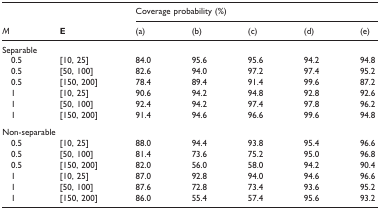
| <COLSPAN=5> Coverage probability (%) |
 | M | E | (a) | (b) | (c) | (d) | (e) |
 | --- | --- | --- | --- | --- |
 | <COLSPAN=7> Separable |
 | 0.5 | [10, 25] | 84.0 | 95.6 | 95.6 | 94.2 | 94.8 |
 | 0.5 | [50, 100] | 82.6 | 94.0 | 97.2 | 97.4 | 95.2 |
 | 0.5 | [150, 200] | 78.4 | 89.4 | 91.4 | 99.6 | 87.2 |
 | 1 | [10, 25] | 90.6 | 94.2 | 94.8 | 92.8 | 92.6 |
 | 1 | [50, 100] | 92.4 | 94.2 | 97.4 | 97.8 | 96.2 |
 | 1 | [150, 200] | 91.4 | 94.6 | 96.6 | 99.6 | 94.8 |
 | <COLSPAN=7> Non-separable |
 | 0.5 | [10, 25] | 88.0 | 94.4 | 93.8 | 95.4 | 96.6 |
 | 0.5 | [50, 100] | 81.4 | 73.6 | 75.2 | 95.0 | 96.8 |
 | 0.5 | [150, 200] | 82.0 | 56.0 | 58.0 | 94.2 | 90.4 |
 | 1 | [10, 25] | 87.0 | 92.8 | 94.0 | 94.6 | 96.6 |
 | 1 | [50, 100] | 87.6 | 72.8 | 73.4 | 93.6 | 95.2 |
 | 1 | [150, 200] | 86.0 | 55.4 | 57.4 | 95.6 | 93.2 |